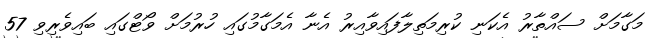
މަގާމަށް ސައްތާރު އެކަނި ކުރިމަތިލާފައިވާއިރު އެނާ އެމަގާމުގައި ހުރުމަށް ވޯޓްގައި ބައިވެރިވި 57